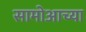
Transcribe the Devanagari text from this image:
सामोआच्या